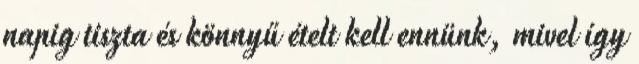
napig tiszta és könnyű ételt kell ennünk, mivel így